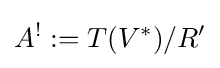
A^{!}:=T(V^{*})/R'